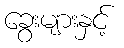
ခွေးများနှင့်